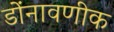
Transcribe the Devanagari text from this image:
डोंनावणीक